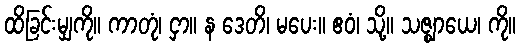
ထိခြင်းမျှကို။ ကာတုံ၊ ငှာ။ န ဒေတိ၊ မပေး။ ဧဝံ၊ သို့။ သဇ္ဈာယေ၊ ကို။